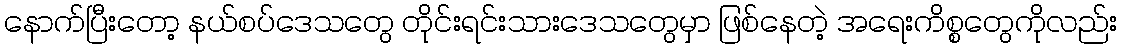
နောက်ပြီးတော့ နယ်စပ်ဒေသတွေ တိုင်းရင်းသားဒေသတွေမှာ ဖြစ်နေတဲ့ အရေးကိစ္စတွေကိုလည်း